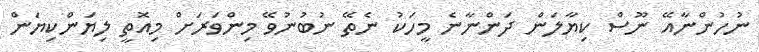
ނުހުންނާއޭ ނޫސް ކިޔާލަން ދަންނާނެ މީހަކު ނެތޭ ނުބުނުވޭ މިންވަރަށް މިއޮތީ ލިޔަންކިޔަން